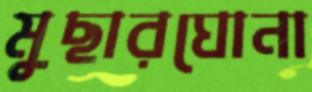
মুছারঘোনা